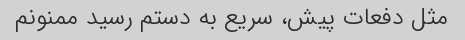
مثل دفعات پیش، سریع به دستم رسید ممنونم